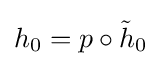
h_{0}=p\circ {\tilde {h}}_{0}